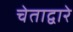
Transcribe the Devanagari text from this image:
चेताद्वारे